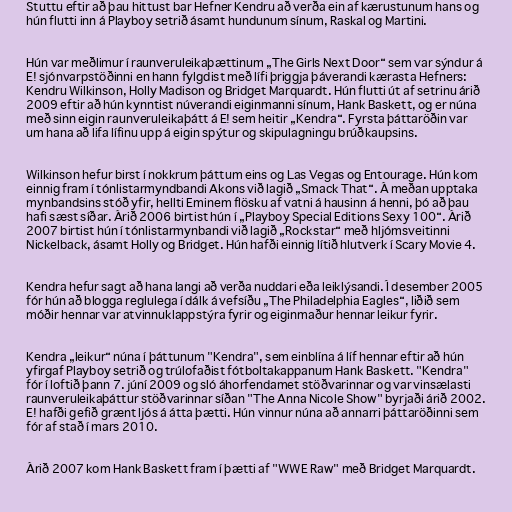
Stuttu eftir að þau hittust bar Hefner Kendru að verða ein af kærustunum hans og
hún flutti inn á Playboy setrið ásamt hundunum sínum, Raskal og Martini.

Hún var meðlimur í raunveruleikaþættinum „The Girls Next Door“ sem var sýndur á
E! sjónvarpstöðinni en hann fylgdist með lífi þriggja þáverandi kærasta Hefners:
Kendru Wilkinson, Holly Madison og Bridget Marquardt. Hún flutti út af setrinu árið
2009 eftir að hún kynntist núverandi eiginmanni sínum, Hank Baskett, og er núna
með sinn eigin raunveruleikaþátt á E! sem heitir „Kendra“. Fyrsta þáttaröðin var
um hana að lifa lífinu upp á eigin spýtur og skipulagningu brúðkaupsins.

Wilkinson hefur birst í nokkrum þáttum eins og Las Vegas og Entourage. Hún kom
einnig fram í tónlistarmyndbandi Akons við lagið „Smack That“. Á meðan upptaka
mynbandsins stóð yfir, hellti Eminem flösku af vatni á hausinn á henni, þó að þau
hafi sæst síðar. Árið 2006 birtist hún í „Playboy Special Editions Sexy 100“. Árið
2007 birtist hún í tónlistarmynbandi við lagið „Rockstar“ með hljómsveitinni
Nickelback, ásamt Holly og Bridget. Hún hafði einnig lítið hlutverk í Scary Movie 4.

Kendra hefur sagt að hana langi að verða nuddari eða leiklýsandi. Í desember 2005
fór hún að blogga reglulega í dálk á vefsíðu „The Philadelphia Eagles“, liðið sem
móðir hennar var atvinnuklappstýra fyrir og eiginmaður hennar leikur fyrir.

Kendra „leikur“ núna í þáttunum "Kendra", sem einblína á líf hennar eftir að hún
yfirgaf Playboy setrið og trúlofaðist fótboltakappanum Hank Baskett. "Kendra"
fór í loftið þann 7. júní 2009 og sló áhorfendamet stöðvarinnar og var vinsælasti
raunveruleikaþáttur stöðvarinnar síðan "The Anna Nicole Show" byrjaði árið 2002.
E! hafði gefið grænt ljós á átta þætti. Hún vinnur núna að annarri þáttaröðinni sem
fór af stað í mars 2010.

Árið 2007 kom Hank Baskett fram í þætti af "WWE Raw" með Bridget Marquardt.